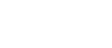
ဥက္ကုဓိတော